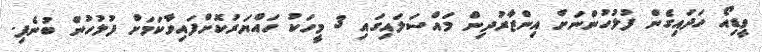
ވީޑިއޯ ހަދައިގެން ފުލުހުންނަށް އިންޒާރުދިން މައްސަލައިގައި 3 މީހަކު ހައްޔަރުކޮށްފައިވާކަމަށް ފުލުހުން ބުނެފި.